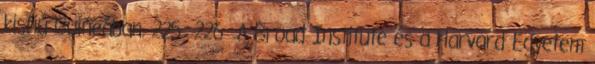
kisfiú Guineában. 225 226 A Broad Institute és a Harvard Egyetem